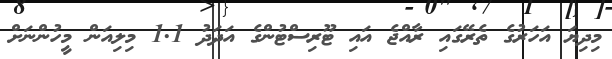
މިދިޔަ އަހަރުގެ ތެރޭގައި ރާއްޖެ އައި ޓޫރިސްޓުންގެ އަދަދު 1.1 މިލިއަން މީހުންނަށް